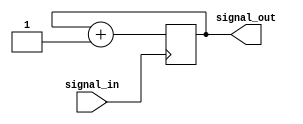
`timescale 1ns / 1ps
//////////////////////////////////////////////////////////////////////////////////
// Company: 
// Engineer: 
// 
// Design Name: 
// Module Name: counter
// Project Name: 
// Target Devices: 
// Tool Versions: 
// Description: 
// 
// Dependencies: 
// 
// Revision:
// Revision 0.01 - File Created
// Additional Comments:
// 
//////////////////////////////////////////////////////////////////////////////////


module counter(input signal_in, output reg[1:0] signal_out = 2'b00);

    always@(posedge signal_in)
       signal_out <= signal_out + 1'b1;
      
endmodule